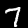
Digit: 7